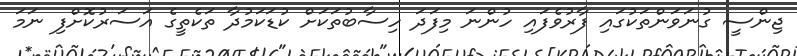
ޖިންސީ ގުނަވަންތަކުގައި ފާރުވެފައި ހުންނަ މިފަދަ ހިސާބުތަކަށް ކުޑަކަމުދާ ތަކެތީގެ އަސަރުކޮށްފި ނަމަ